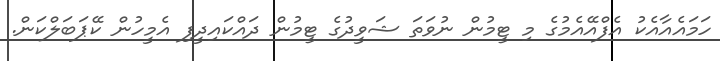
ހަމައެއާއެކު އެފްއޭއެމުގެ މި ޓީމުން ނުވަތަ ޝަވީދުގެ ޓީމުން ދައްކައިދީފި އެމީހުން ކޭޕަބަލްކަން.